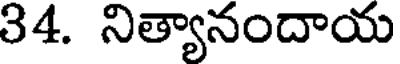
34. నిత్యానందాయ